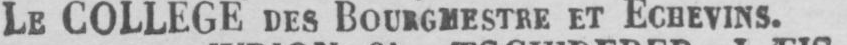
LE COLLEGE DES BOURGMESTRE ET ECHEVINS.